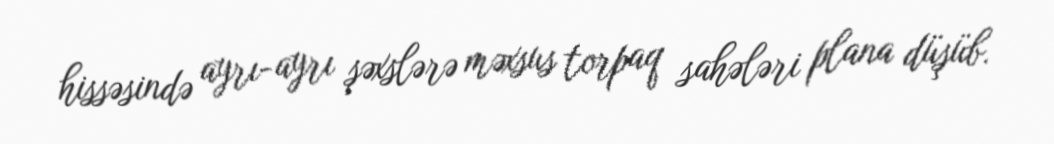
hissəsində ayrı-ayrı şəxslərə məxsus torpaq sahələri plana düşüb.